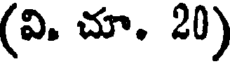
(వి. చూ. 20)